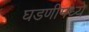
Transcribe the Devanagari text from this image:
घडणीमध्ये